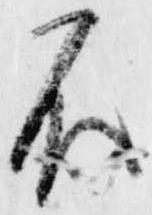
不